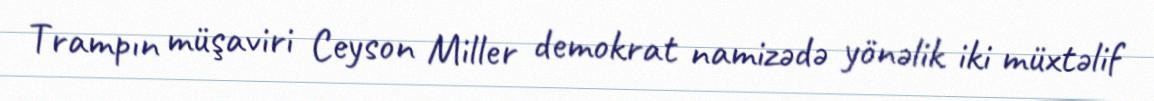
Trampın müşaviri Ceyson Miller demokrat namizədə yönəlik iki müxtəlif